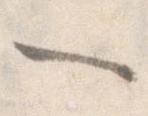
一